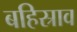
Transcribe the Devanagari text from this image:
बहिस्राव